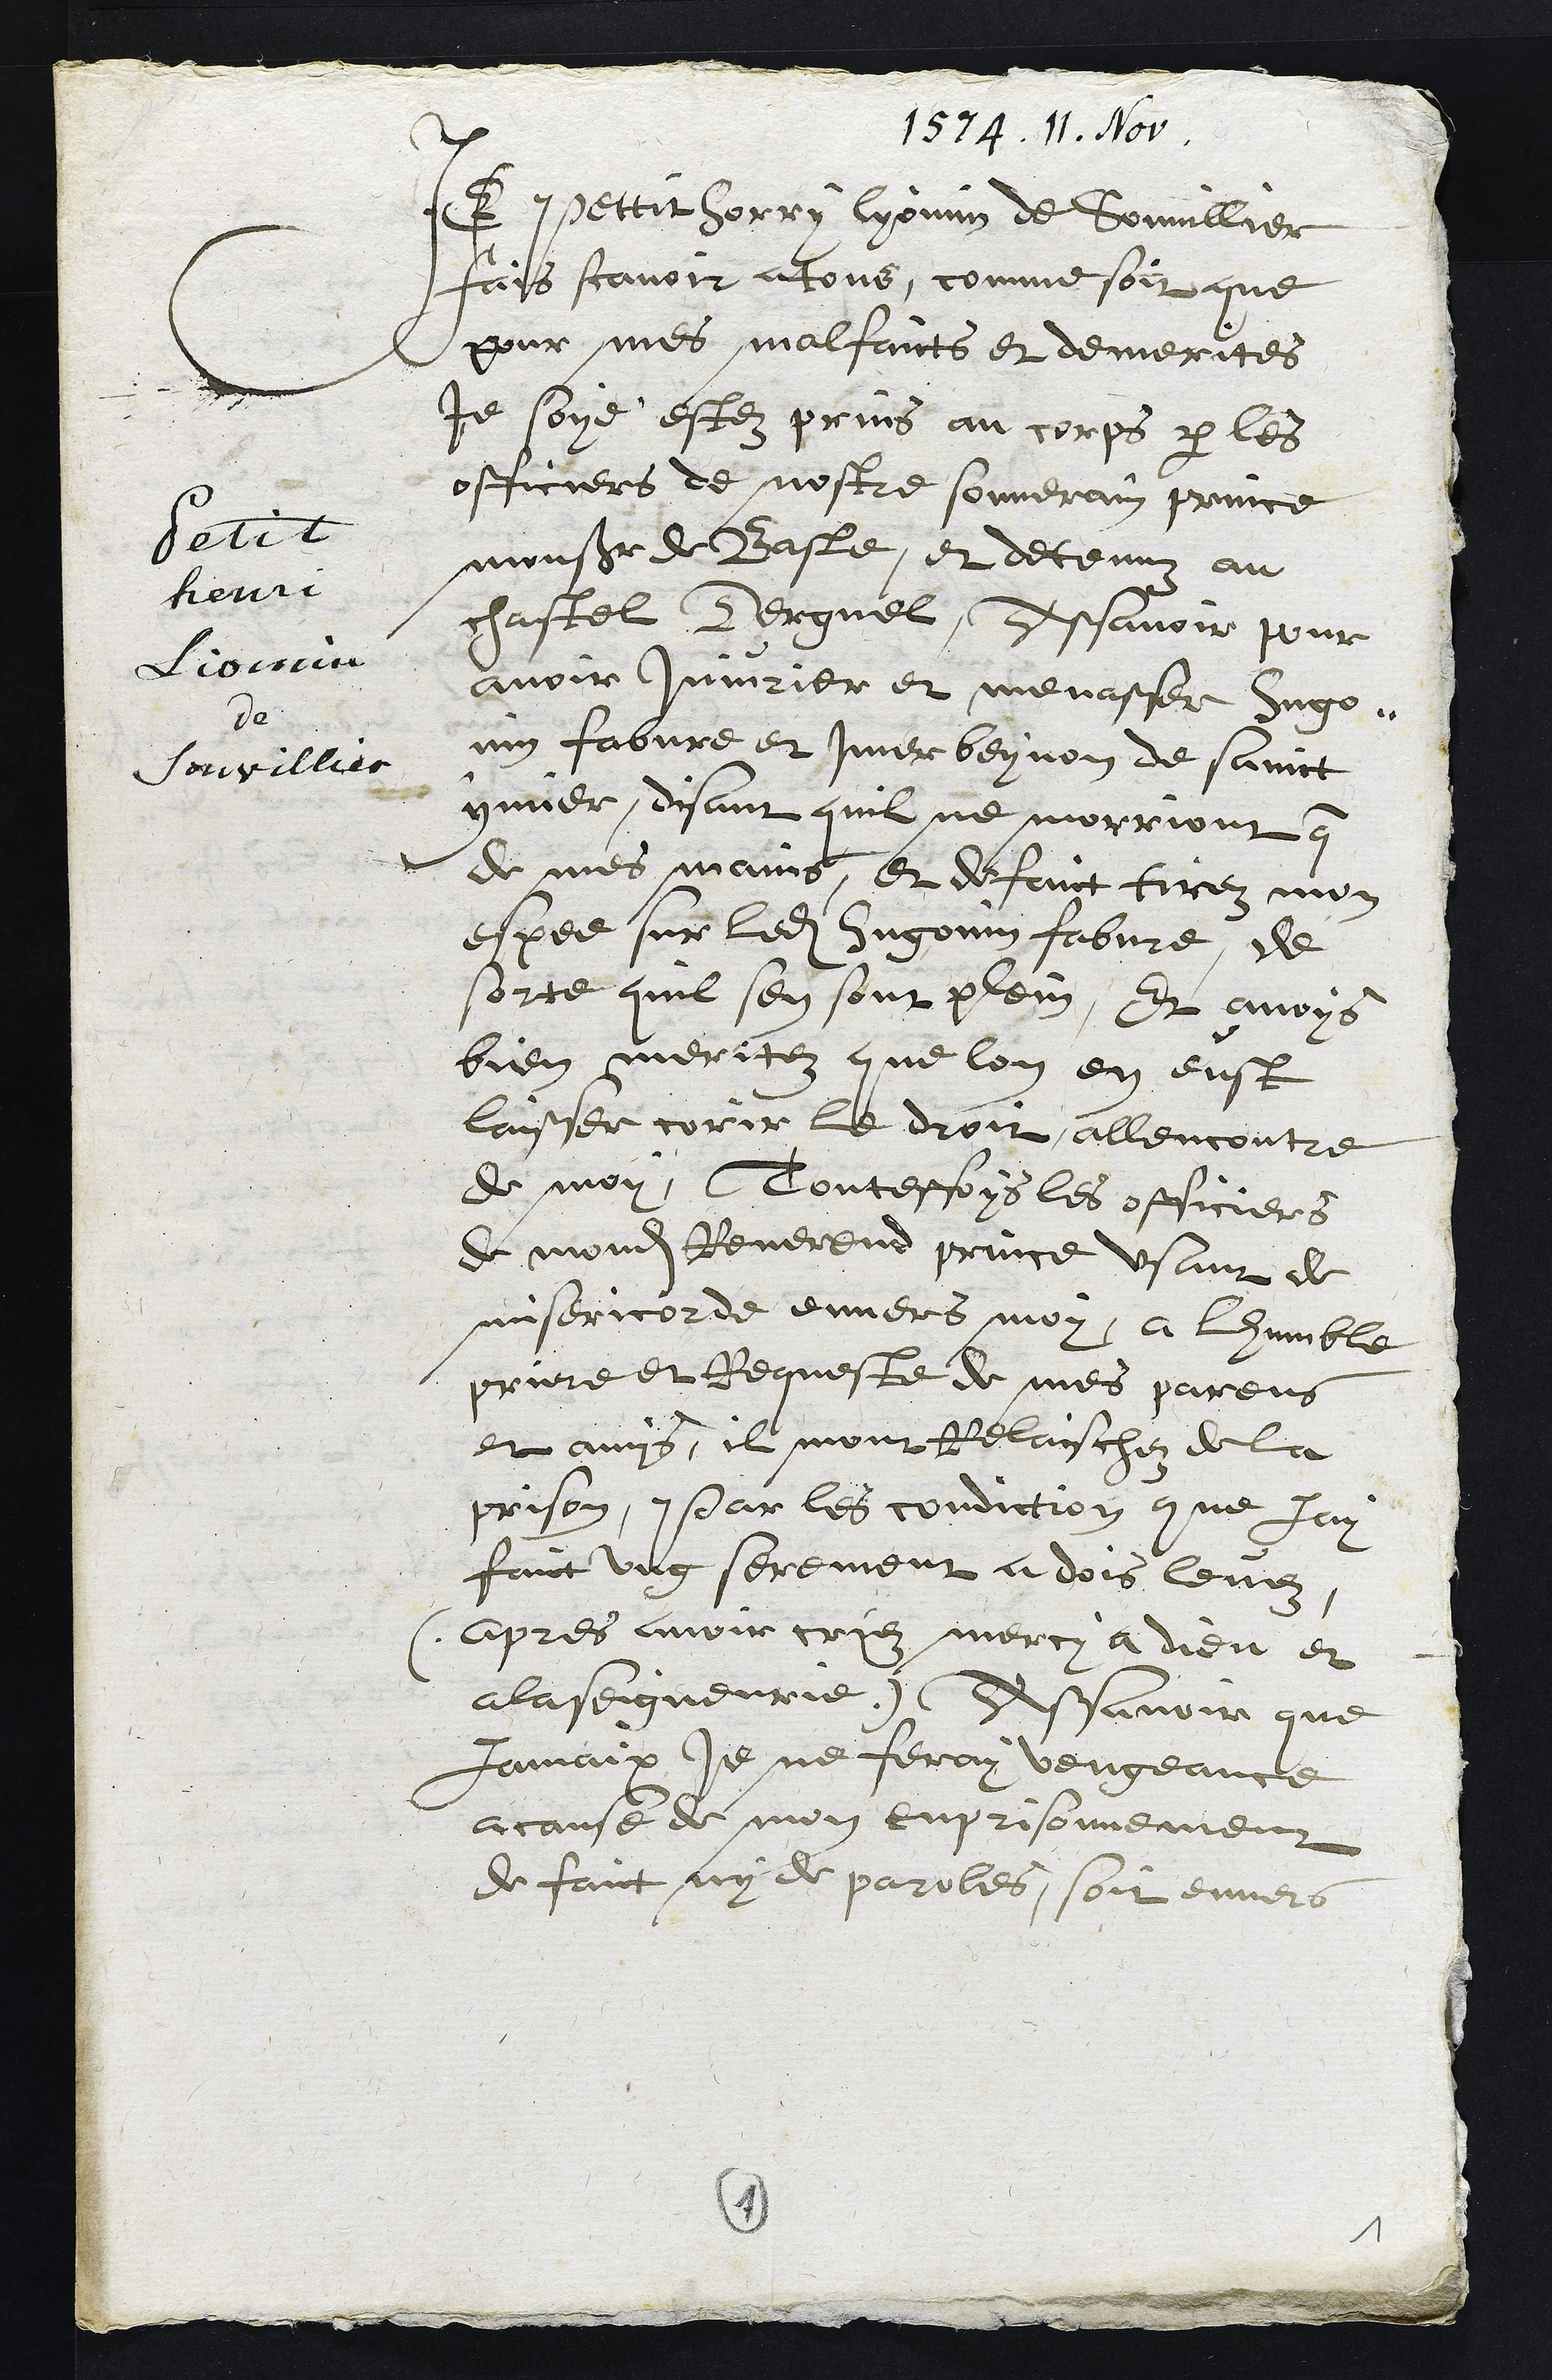
1574. 11. Nov.
Petit
henri
Liomin
de
Sonvillier
Je Pettit Horry lyomin de Sonvillier
fais scavoir a tous, comme soit que
pour mes malfaicts et demerites
je soye estez prins au corps par les
officiers de nostre souverain prince
Monsieur de Basle, et detenuz au
chastel Derguel, Assavoir pour
avoir Injurier et menasser Hugo-
nin fabvre et Imer beynon de Sainct
ymier, disant quil ne morriont que
de mes mains, et de faict tirez mon
espee sur ledit Hugonin fabvre, de
sorte quil sen sont plein, Et avoys
bien meritez que lon en eust
laisser corir le droit allencontre
de moy, Touteffois les officiers
de mondit Reverend prince usant de
misericorde envers moy, a lhumble
priere et Requeste de mes parens
et amys, il mont relaischez de la
prison, Par les condiction que Jay
faict ung serement a dois levez
(apres avoir criez mercy a dieu et
a la seigneurie) Assavoir que
jamais Je ne feray vengeance
acause de mon enprisonnement
de faict ny de paroles, soit envers
1
1